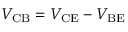
V _ { \mathrm { C B } } = V _ { \mathrm { C E } } - V _ { \mathrm { B E } }